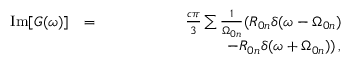
\begin{array} { r l r } { \mathrm { I m } [ G ( \omega ) ] } & { = } & { \frac { c \pi } { 3 } \sum \frac { 1 } { \Omega _ { 0 n } } ( R _ { 0 n } \delta ( \omega - \Omega _ { 0 n } ) } \\ & { } & { \, \, \, \, \, \, \, \, \, \, \, \, \, \, \, \, \, \, \, \, \, \, \, \, \, \, \, \, \, \, \, \, \, \, \, \, \, \, \, \, \, \, \, \, \, \, - R _ { 0 n } \delta ( \omega + \Omega _ { 0 n } ) ) \, , } \end{array}